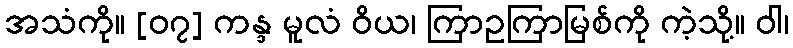
အသံကို။ [၀၇] ကန္ဒ မူလံ ဝိယ၊ ကြာဥကြာမြစ်ကို ကဲ့သို့။ ဝါ၊